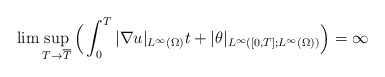
\begin{align*}\lim \sup_{ T \rightarrow \overline{T}} \Big(\int_0^T |\nabla u|_{ L^\infty(\Omega)}t+|\theta|_{L^\infty([0,T];L^\infty(\Omega))}\Big)=\infty\end{align*}